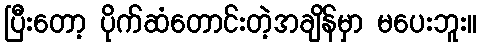
ပြီးတော့ ပိုက်ဆံတောင်းတဲ့အချိန်မှာ မပေးဘူး။